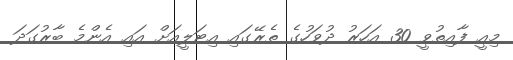
މިއީ ފާއިތުވީ 30 އަހަރު ދުވަހުގެ ތެރޭގައި އިޓަލީއަށް އައި އެންމެ ބާރުގަދަ